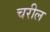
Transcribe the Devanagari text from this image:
चरील